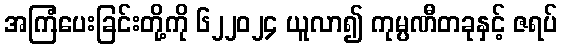
အကြံပေးခြင်းတို့ကို ၆၂၂၀၂၄ ယူလာ၍ ကုမ္ပဏီတခုနှင့် ဇရပ်